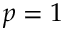
p = 1